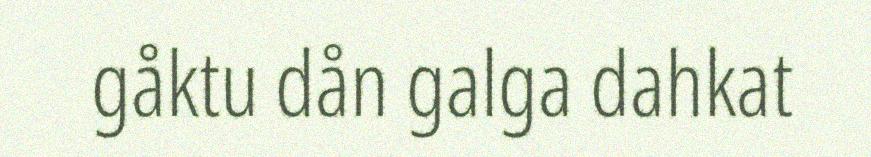
gåktu dån galga dahkat